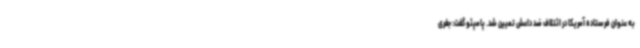
به عنوان فرستاده آمریکا در ائتلاف ضد داعش تعیین شد. پامپئو گفت: جفری